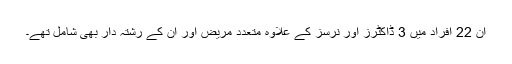
ان 22 افراد میں 3 ڈاکٹرز اور نرسز کے علاوہ متعدد مریض اور ان کے رشتہ دار بھی شامل تھے۔